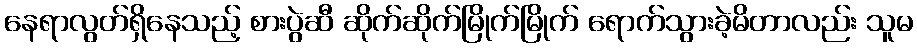
နေရာလွတ်ရှိနေသည့် စားပွဲဆီ ဆိုက်ဆိုက်မြိုက်မြိုက် ရောက်သွားခဲ့မိတာလည်း သူမ